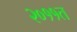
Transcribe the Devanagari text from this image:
२०११त